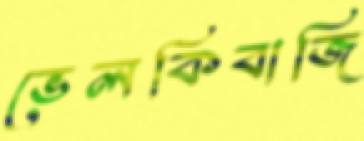
ভেলকিবাজি